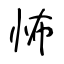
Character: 怖